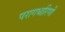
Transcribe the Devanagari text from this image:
परागधारिणी